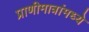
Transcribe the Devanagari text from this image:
प्राणीमात्रांमध्ये